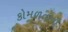
કોમળતાની